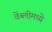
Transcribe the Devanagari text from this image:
वेंब्लीमध्ये